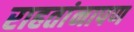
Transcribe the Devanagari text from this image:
राहतांनापण